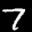
Label: 7